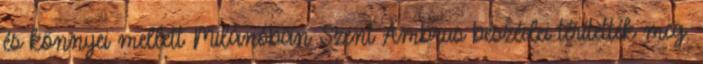
és könnyei mellett Milánóban Szent Ambrus beszédei térítették meg.